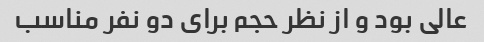
عالی بود و از نظر حجم برای دو نفر مناسب